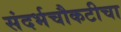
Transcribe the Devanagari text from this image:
संदर्भचौकटीचा